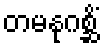
တမနုဂစ္ဆိံ